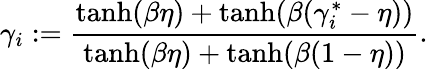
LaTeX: \gamma_{i}:=\frac{\operatorname{tanh}(\beta\eta)+\operatorname{tanh}(\beta({\gamma}_{i}^{*}-\eta))}{\operatorname{tanh}(\beta\eta)+\operatorname{tanh}(\beta(1-\eta))}.